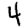
Digit: 4